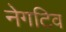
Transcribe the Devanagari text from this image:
नेगटिव